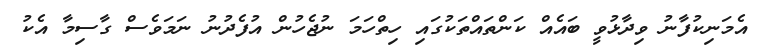
އެމަނިކުފާނު ވިދާޅުވީ ބައެއް ކަންތައްތަކުގައި ހިތްހަމަ ނުޖެހުން އުފެދުނު ނަމަވެސް ގާސިމާ އެކު